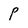
Character: P